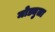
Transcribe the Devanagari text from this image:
मोड्युला